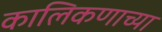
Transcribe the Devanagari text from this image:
कालिकणाच्या